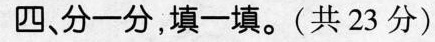
四、分一分，填一填。(共23分)